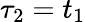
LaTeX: \tau_{2}=t_{1}